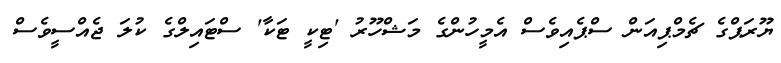
ޔޫރަޕްގެ ޗެމްޕިއަން ސްޕެއިވެސް އެމީހުންގެ މަޝްހޫރު 'ޓިކީ ޓަކާ' ސްޓައިލްގެ ކުލަ ޖެއްސީވެސް